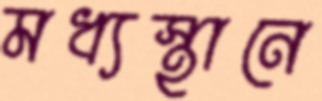
মধ্যস্থানে